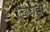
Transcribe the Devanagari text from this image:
द्विध्रृवी